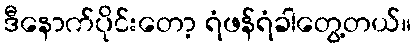
ဒီနောက်ပိုင်းတော့ ရံဖန်ရံခါတွေ့တယ်။